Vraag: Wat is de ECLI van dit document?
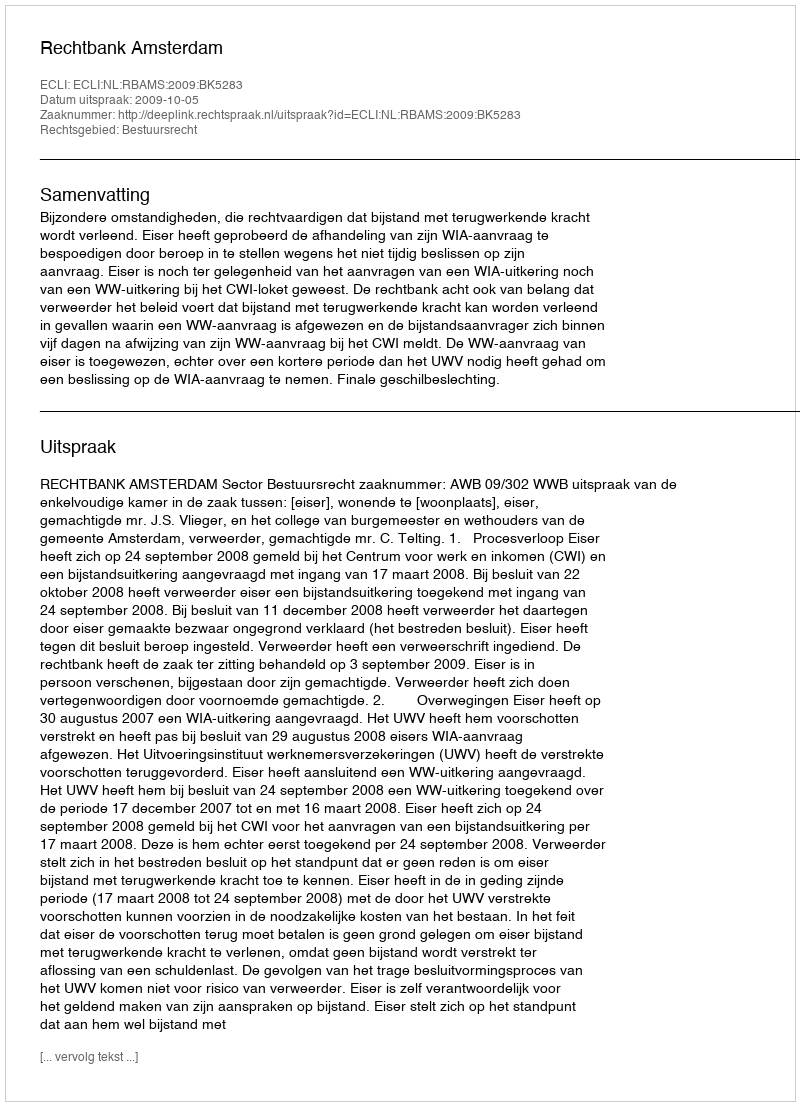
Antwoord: ECLI:NL:RBAMS:2009:BK5283